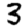
Digit: 3